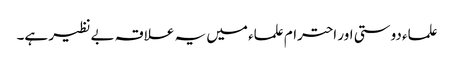
علماء دوستی اور احترام علماء میں یہ علاقہ بے نظیر ہے۔